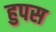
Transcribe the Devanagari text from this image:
हुपस